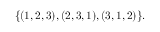
\{ ( 1 , 2 , 3 ) , ( 2 , 3 , 1 ) , ( 3 , 1 , 2 ) \} .